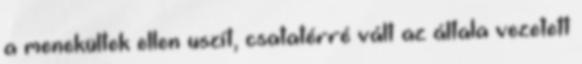
a menekültek ellen uszít, csatatérré vált az általa vezetett